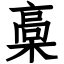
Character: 槀